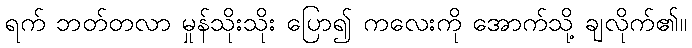
ရက် ဘတ်တလာ မှုန်သိုးသိုး ပြော၍ ကလေးကို အောက်သို့ ချလိုက်၏။